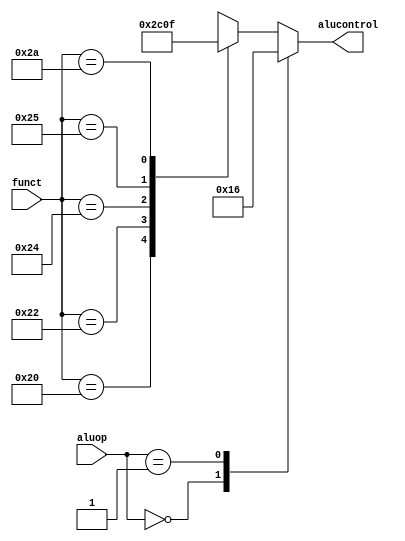
module aludecoder(
    output reg [2:0] alucontrol,
    input [5:0] funct,
    input [1:0] aluop
    );
    always @ (aluop or funct) begin
        case(aluop)
            2'b00:  alucontrol <= 3'b010; 
            2'b01:  alucontrol <= 3'b110; 
            default:    case(funct)             
                6'b100000:  alucontrol <= 3'b010; 
                6'b100010:  alucontrol <= 3'b110; 
                6'b100100:  alucontrol <= 3'b000; 
                6'b100101:  alucontrol <= 3'b001; 
                6'b101010:  alucontrol <= 3'b111; 
                default:    alucontrol <= 3'bxxx; 
            endcase
        endcase
    end
endmodule